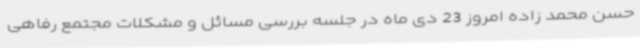
حسن محمد زاده امروز 23 دی ماه در جلسه بررسی مسائل و مشکلات مجتمع رفاهی